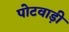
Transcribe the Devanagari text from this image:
पोटवाड़ी